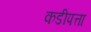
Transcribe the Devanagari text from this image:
कडीपत्ता